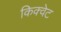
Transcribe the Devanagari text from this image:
किक्वेट